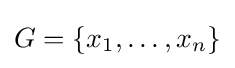
G=\{x_{1},\ldots ,x_{n}\}